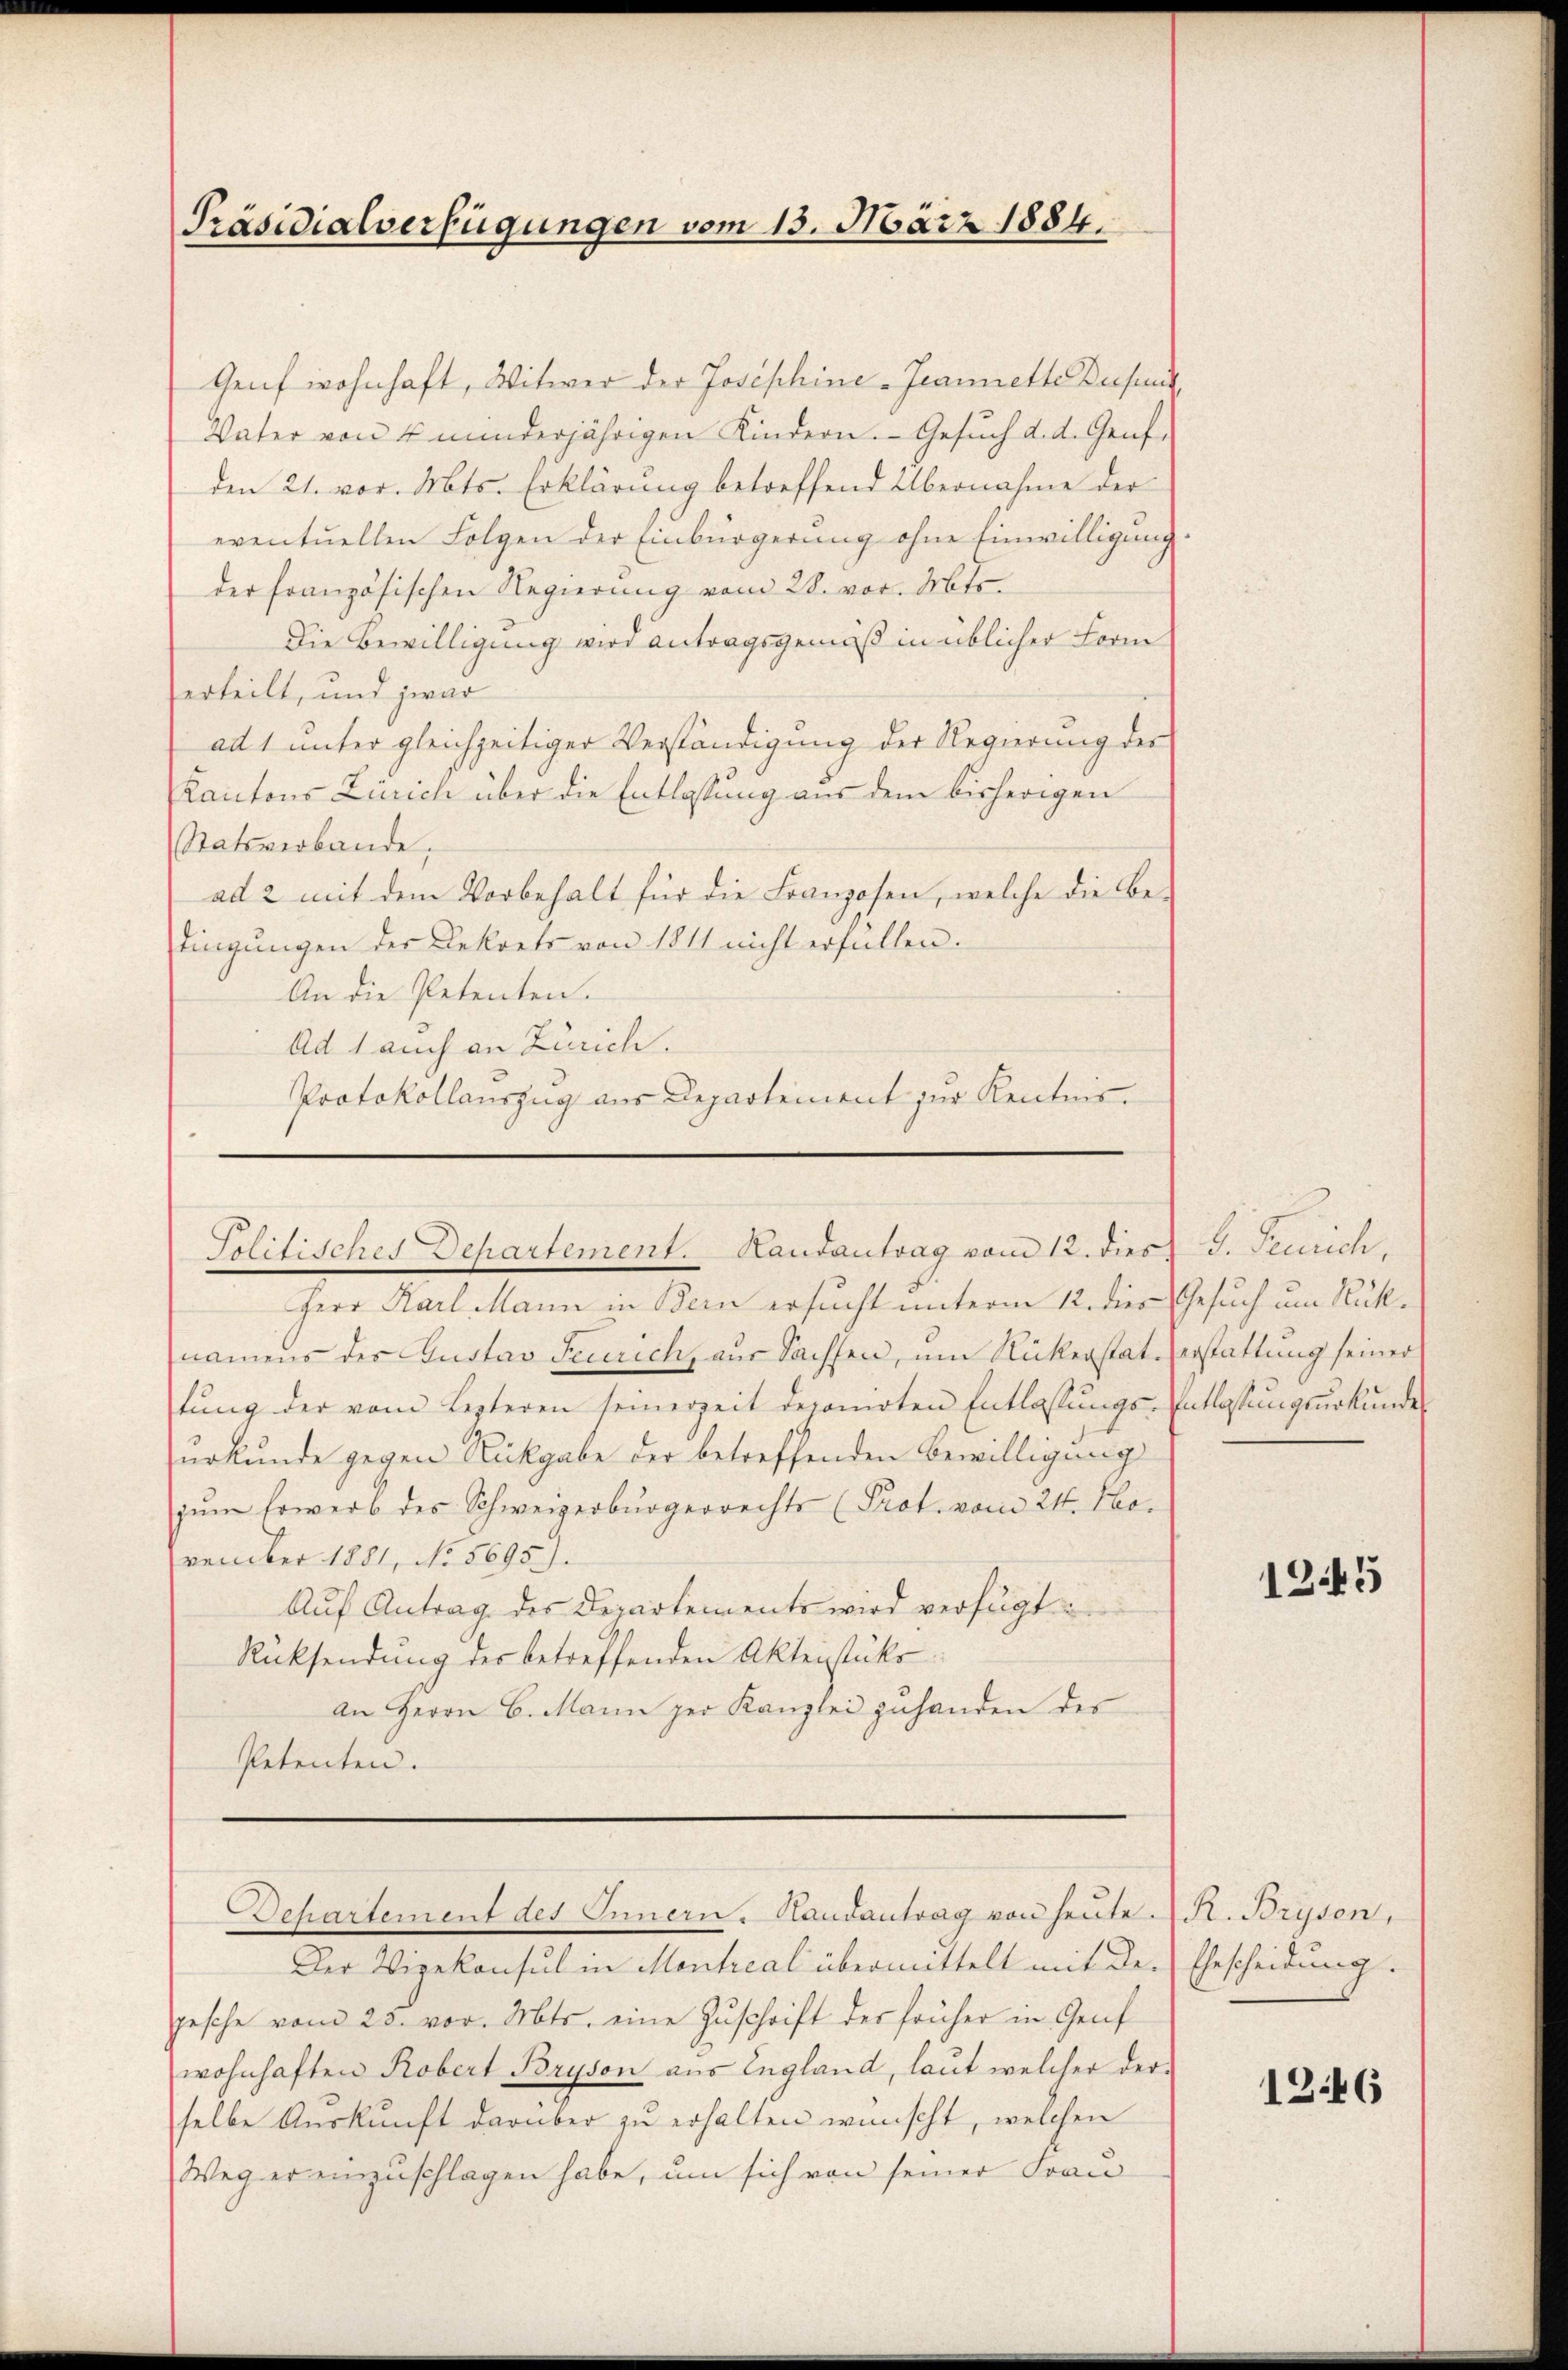
Präsidialverfügungen vom 13. März 1884.

Genf wohnhaft, Witwer der Josephine-Jeannette Deput
Vater von 4 minderjährigen Kindern. Gesuch d. d. Genf,
den 21. vor. Mts. Erklärung betreffend Übernahme der
eventuellen Folgen der Einbürgerung ohne Einwilligung.
der französischen Regierung vom 28. vor. Mts.
Die Bewilligung wird antragsgemäß in üblicher Form
erteilt, und zwar
ad 1 unter gleichzeitiger Verständigung der Regierung der
Kantons Zürich über die Entlassung aus dem bisherigen
Satsverbande,
ad 2 mit dem Vorbehalt für die Franzosen, welche die Be-
tingungen der Dekrets von 1811 nicht erfüllen.
An die Petenten.
Ad 1 auch an Zürich.
Protokollauszug aus Departement zur Kenntnis.

Politisches Departement. Landantrag vom 12. dies 3. Feurich,

Herr Karl Mann in Bern ersucht unterm 12. dies Gesuch um Rüknamens des Gustav Feurich, aus Sachsen, um Rickerstaterstattung seiner
tŭng der vom Lezteren seinerzeit deponirten Entlassŭngs-Entlassungsurkundes
urkunde gegen Rückgabe der betreffenden Bewilligung
zum sowerb des Schweizerbürgerrechts (Prot. vom 24. November 1881, No. 8695).
Aŭf Antrag des Departements wird verfügt:
Rücksendung der betreffenden Aktenstüke
an Herrn C. Mann per Kanzlei zuhanden des
Petenten.

Departement des Innern. Handantrag von heute R. Bryson,

Der Vizekonsul in Montreal übermittelt mit der Ehescheidung.
gesche vom 23. vor. Mts. eine Zuschrift des früher in Genf
wohnhaften Robert Bryson aus England, laut welcher derselbe Auskunft darüber zu erhalten wünscht, welchen
Weg er einzuschlagen habe, um sich von seiner Frau

1245

1246